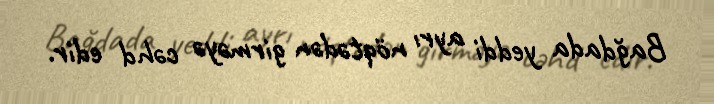
Bağdada yeddi ayrı nöqtədən girməyə cəhd edir.